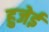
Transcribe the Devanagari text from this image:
हुजेई